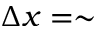
\Delta x = \sim